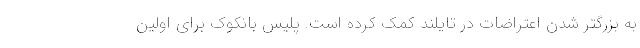
به بزرگتر شدن اعتراضات در تایلند کمک کرده است. پلیس بانکوک برای اولین